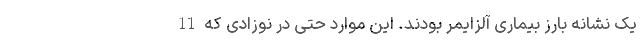
یک نشانه بارز بیماری آلزایمر بودند. این موارد حتی در نوزادی که 11